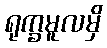
ရုက္ခမူလမှိ